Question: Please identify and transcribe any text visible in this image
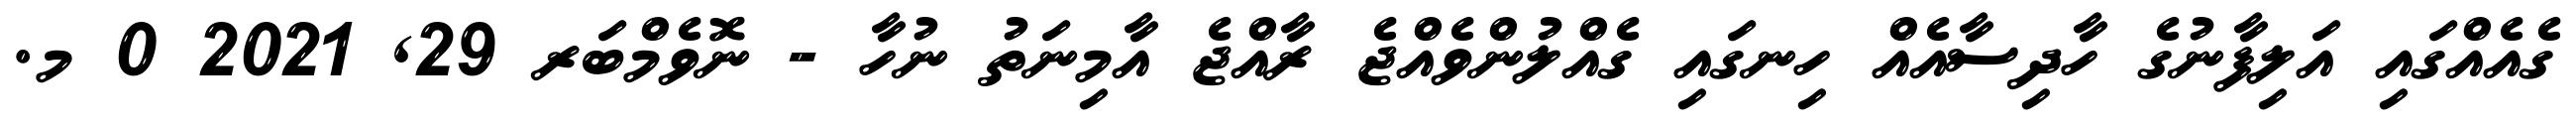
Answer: ގެއެއްގައި އަލިފާނުގެ ހާދިސާއެއް ހިނގައި ގެއްލުންވެއްޖެ ރާއްޖެ އާމިނަތު ނުހާ - ނޮވެމްބަރ 29, 2021 0 މ.